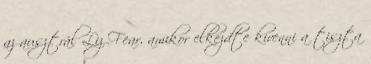
az ausztrál Liz Fear, amikor elkezdte kivenni a tiszta